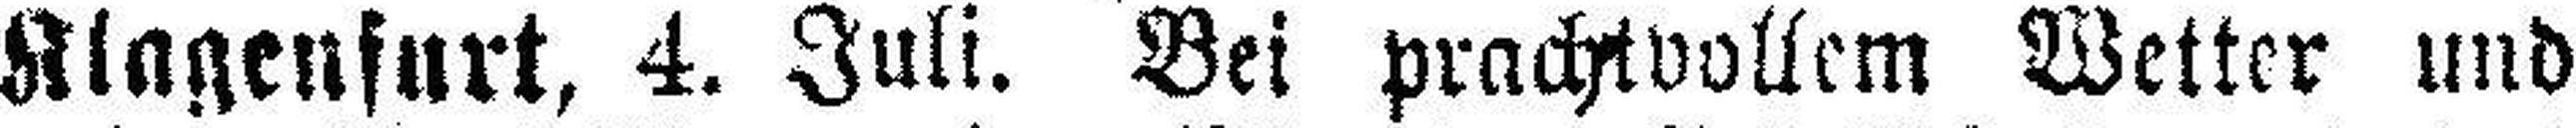
Klagenfurt, 4. Juli. Bei prachtvollem Wetter und